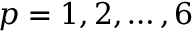
p = 1 , 2 , \ldots , 6